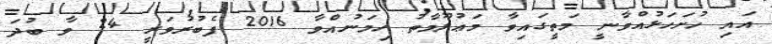
އައި ހުށަހަޅުއްވާނީ މަތީގައިވާ މަޢުލޫމާތު ހިމަނުއްވާ 2016 ފެބުރުވަރީ 24 ވާ ބުދަ